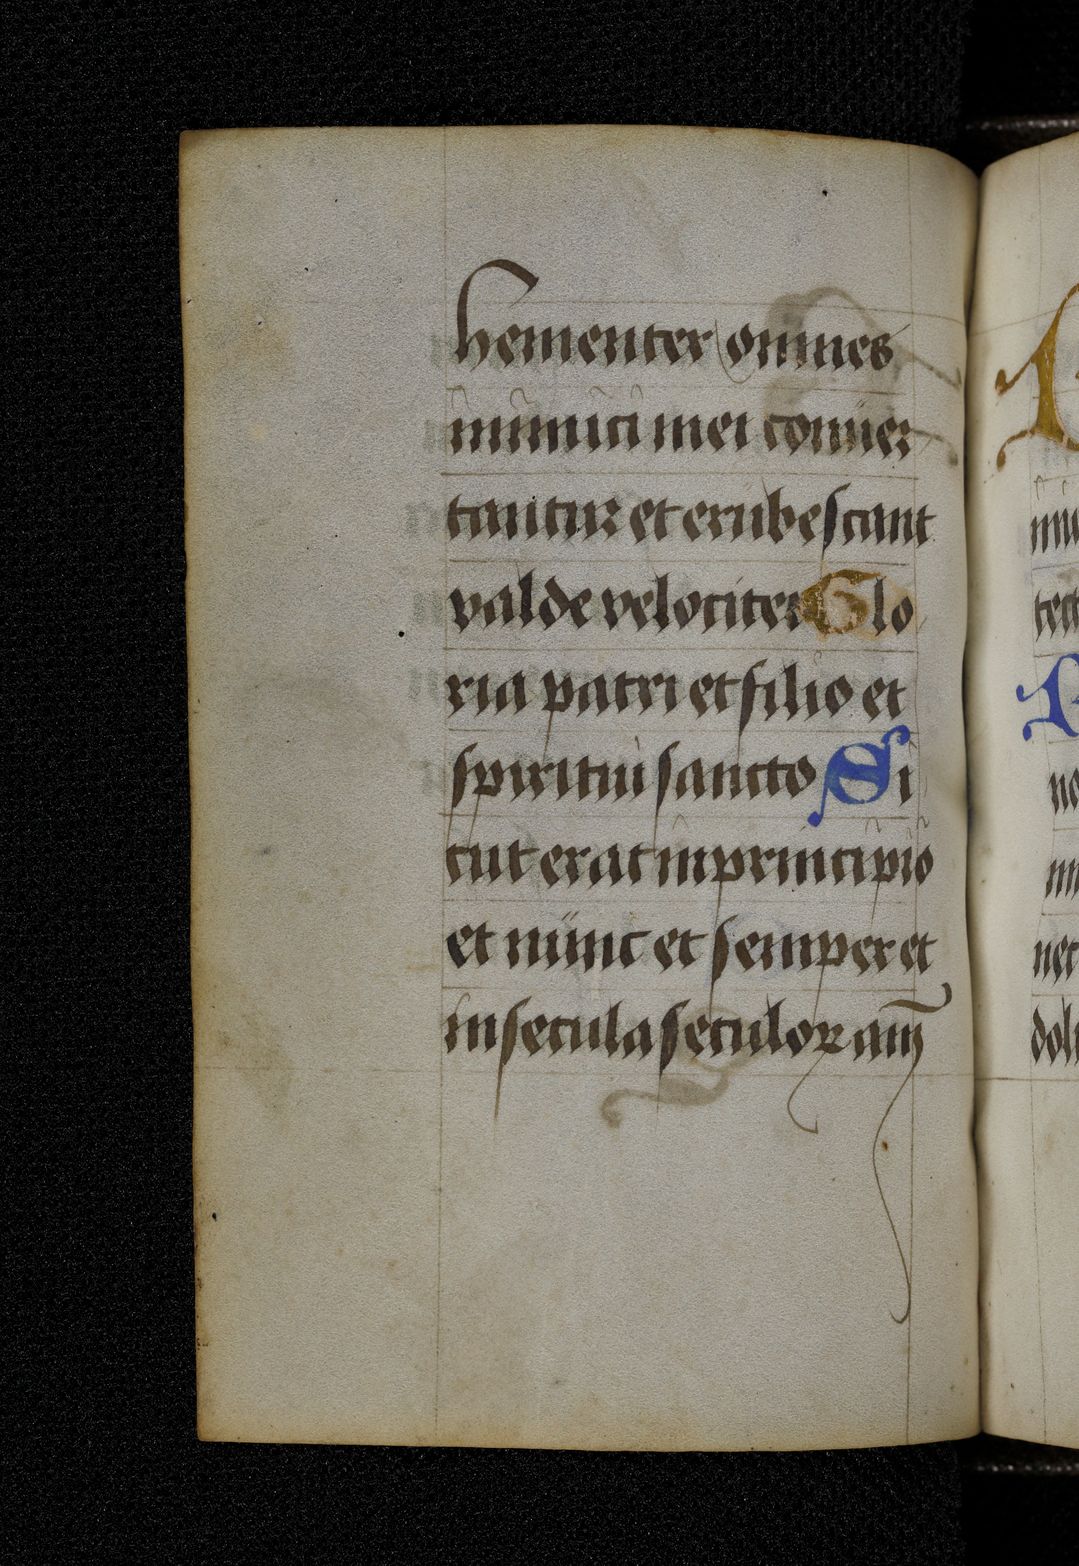
Shelfmark: Berlin, Staatsbibliothek, Germ. Oct. 511
Century: 15